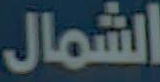
الشمال